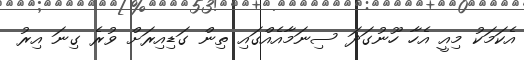
އެކަމަކު މިއީ އެހާ ހޫނުގަދަ ސިނަމާއެއްގައި ތިން ގަޑިއިރަށް ވުރެ ގިނަ އިރު